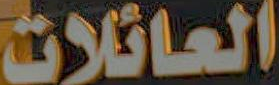
العائلات